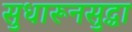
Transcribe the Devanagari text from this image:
सुधारूनसुद्धा